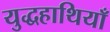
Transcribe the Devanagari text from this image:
युद्धहाथियाँ